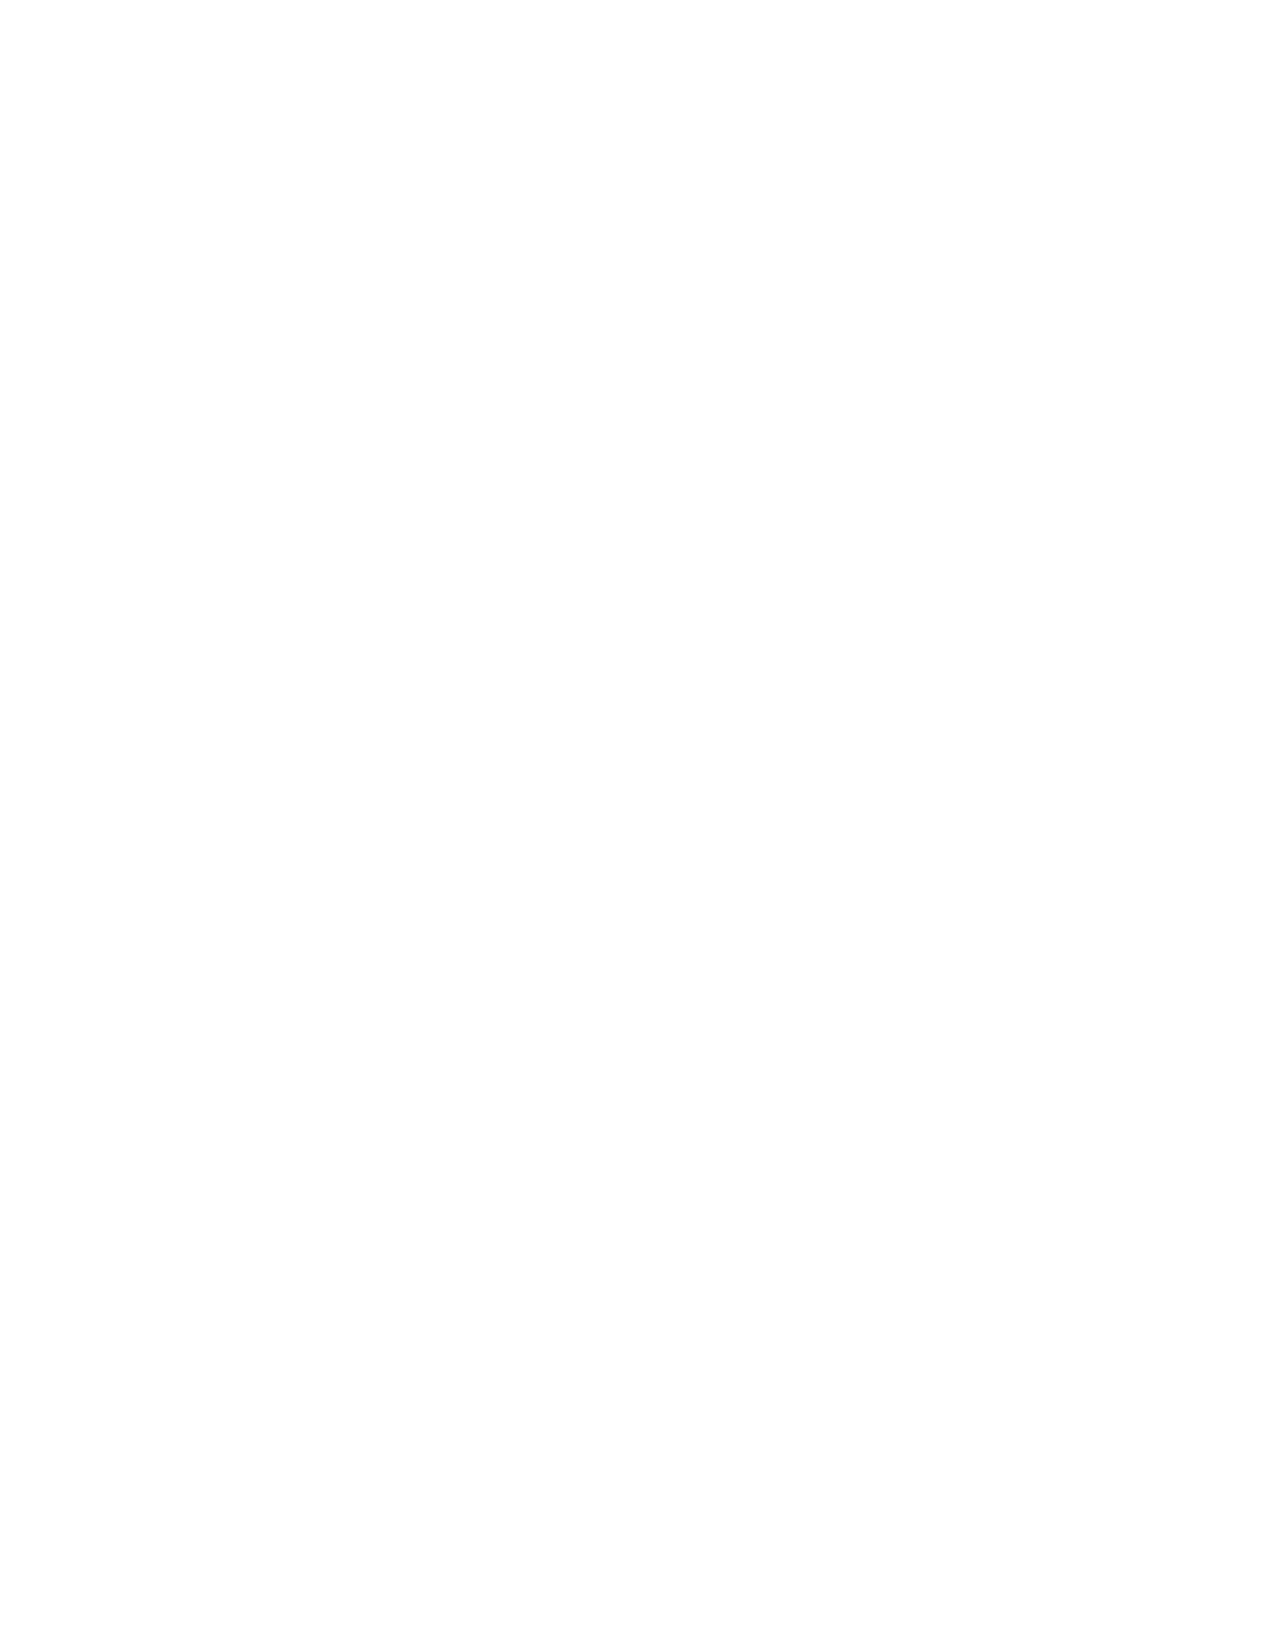
OASIS SMALL BUSINESS CONTRACT (POOL 1)
 Page 43
 H.6.5. Approved Purchasing System
 An approved purchasing system means the Contractor’s purchasing system has been approved under a Contractor
 Purchasing System Review (CPSR) for efficiency and effectiveness with which the Contractor spends Government funds and
 complies with Government policy when subcontracting.
 Advance notification requirements for subcontracting and consent to subcontract are not required when a Contractor has an
 approved purchasing system unless otherwise requested by the OCO on an individual task order or task orders with no
 subcontracting possibilities or for commercial items acquired under FAR Part 12.
 An Approved Purchasing System is not mandatory; however, Contractors are encouraged to have a purchasing system
 approved by the Defense Contract Management Agency (DCMA) or other cognizant Government administration office for the
 entire term of OASIS SB.
 The Contractor shall notify the OASIS SB CO and designated OCO for affected task orders, in writing, if there are any
 changes in the status of their purchasing system and provide the reasons for the change and copies of CPSR reports,
 as applicable.
 H.6.6. Earned Value Management System
 An earned value management system (EVMS) means a project management tool that effectively integrates the project scope
 of work with cost, schedule and performance elements for optimum project planning and control. The qualities and operating
 characteristics of EVMS are described in American National Standards Institute /Electronics Industries Alliance (ANSI/EIA)
 Standard-748.
 An EVMS is not mandatory; however, Contractors are encouraged to have an EVMS ANSI/EIA Standard-748 during the entire
 term of OASIS SB. The Contractor shall notify the OASIS SB CO, in writing, if there are any changes in the status of their
 EVMS and provide the reasons for the change and copies of audits by the Defense Contract Management Agency (DCMA) or
 other cognizant Government administration office, as applicable. If only part of a Contractor’s organization is EVMS ANSI/EIA
 Standard-748 certified, the Contractor shall make the distinction between which business units or sites and geographic
 locations have been certified.
 H.6.7. ISO 9001 Certification
 International Organization for Standardization (ISO) 9001 Certification specifies requirements for a quality management
 system to demonstrate the Contractor’s ability to consistently meet the customer requirements as well as statutory and
 regulatory requirements.
 An ISO 9001 Certification is not mandatory; however, Contractors are encouraged to have ISO 9001 Certification during the
 entire term of OASIS SB. The Contractor shall notify the OASIS SB CO, in writing, if there are any changes in the status of
 their ISO 9001 Certification and provide the reasons for the change and copies of audits from an ISO 9001 Certification
 Body, as applicable. If only part of a Contractor’s organization is ISO 9001 certified, the Contractor shall make the distinction
 between which business units or sites and geographic locations have been certified.
 H.6.8. ISO 17025 Certification
 International Organization for Standardization (ISO) 17025 Certification is used by laboratories to implement a quality system
 aimed at improving their ability to consistently produce valid results.